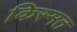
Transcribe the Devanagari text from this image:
किस्‍मत